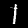
Label: 1